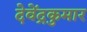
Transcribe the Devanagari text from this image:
देवेंद्रकुमार